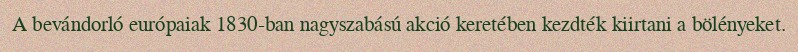
A bevándorló európaiak 1830-ban nagyszabású akció keretében kezdték kiirtani a bölényeket.